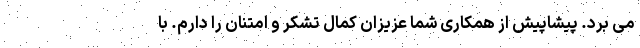
می برد. پیشاپیش از همکاری شما عزیزان کمال تشکر و امتنان را دارم. با